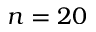
n = 2 0